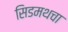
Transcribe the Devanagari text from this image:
सिडमथचा